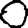
Digit: 0